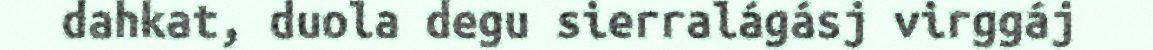
dahkat, duola degu sierralágásj virggáj